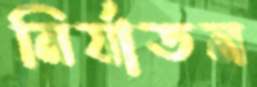
নির্যাতন